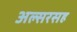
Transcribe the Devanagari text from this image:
अल्सरसह